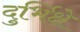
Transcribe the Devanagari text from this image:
दुर्भिक्षे